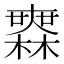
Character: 𣞤